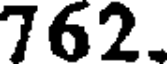
762.